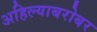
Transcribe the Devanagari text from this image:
अहिल्याबरोबर